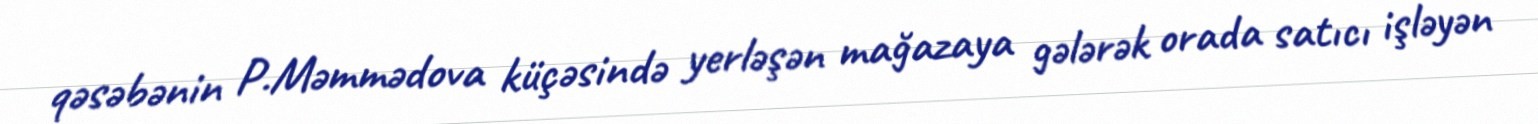
qəsəbənin P.Məmmədova küçəsində yerləşən mağazaya gələrək orada satıcı işləyən